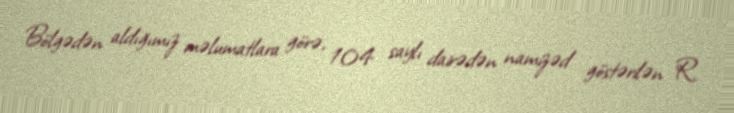
Bölgədən aldığımız məlumatlara görə, 104 saylı dairədən namizəd göstərilən R.